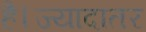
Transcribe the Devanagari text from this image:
है।ज्यादातर